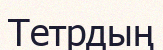
Тетрдың